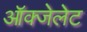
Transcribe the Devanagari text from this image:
ऑक्‍जेलेट